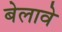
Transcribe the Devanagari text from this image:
बेलावे